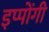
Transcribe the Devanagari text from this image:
इप्पोंगी